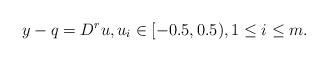
LaTeX: \begin{align*}y-q=D^r u, u_i \in [ -0.5, 0.5), 1\leq i \leq m. \end{align*}